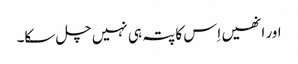
اور انھیں اِس کا پتہ ہی نہیں چل سکا۔